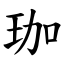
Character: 珈